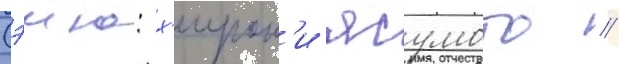
Сэию: х'ирок'и ясумото //